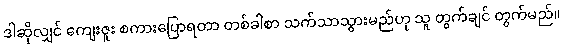
ဒါဆိုလျှင် ကျေးဇူး စကားပြောရတာ တစ်ခါစာ သက်သာသွားမည်ဟု သူ တွက်ချင် တွက်မည်။